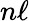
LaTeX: n\ell